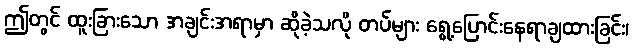
ဤတွင် ထူးခြားသော အချင်းအရာမှာ ဆိုခဲ့သလို တပ်များ ရွေ့ပြောင်းနေရာချထားခြင်း၊